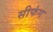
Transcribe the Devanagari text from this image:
सीफंग